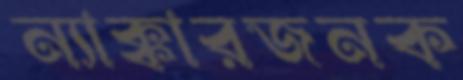
ন্যাক্কারজনক